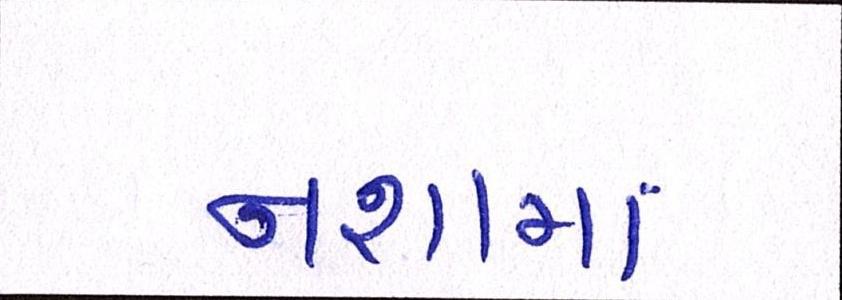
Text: નશામાં